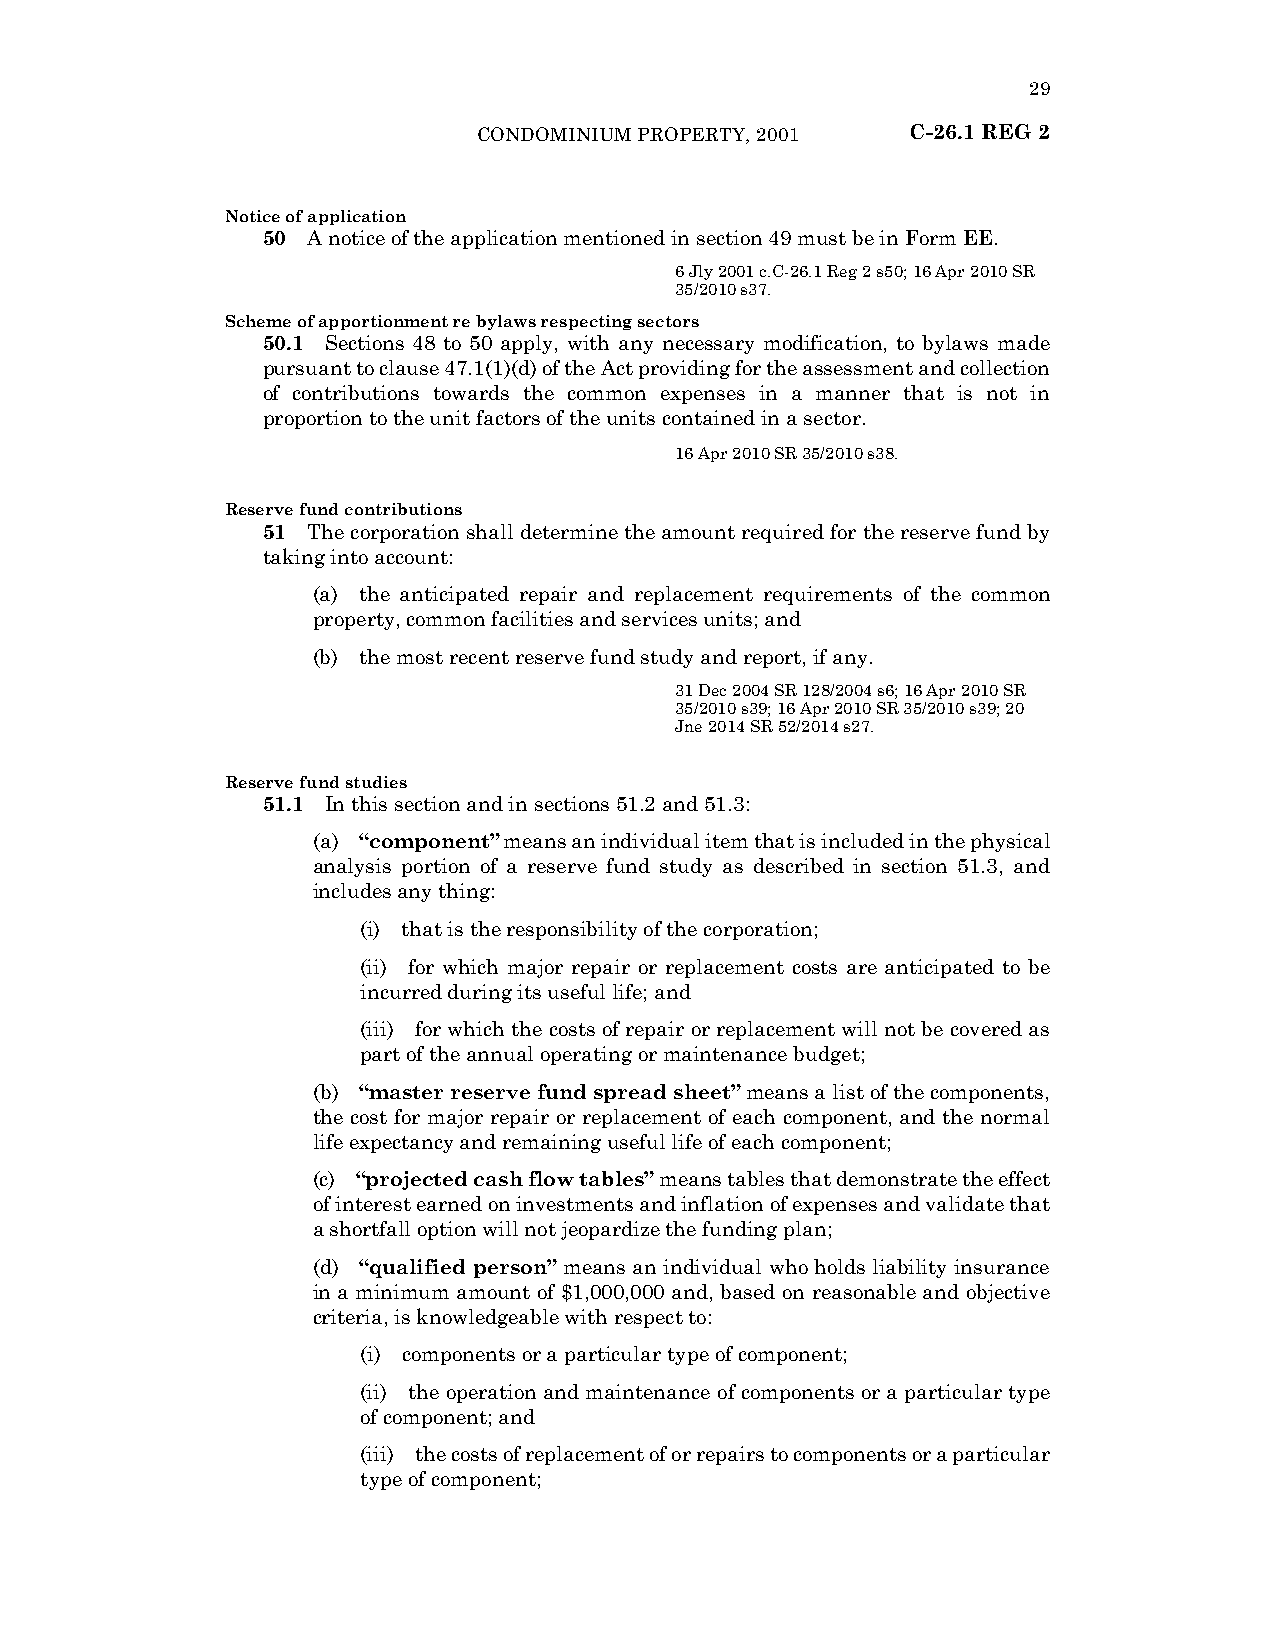
29
 CONDOMINIUM PROPERTY, 2001  C-26.1 REG 2
 Notice of application
 50 A notice of the application mentioned in section 49 must be in Form EE.
 6 Jly 2001 c.C-26.1 Reg 2 s50; 16 Apr 2010 SR
 35/2010 s37.
 Scheme of apportionment re bylaws respecting sectors
 50.1 Sections 48 to 50 apply, with any necessary modification, to bylaws made
 pursuant to clause 47.1(1)(d) of the Act providing for the assessment and collection
 of contributions towards the common expenses in a manner that is not in
 proportion to the unit factors of the units contained in a sector.
 16 Apr 2010 SR 35/2010 s38.
 Reserve fund contributions
 51 The corporation shall determine the amount required for the reserve fund by
 taking into account:
 (a) the anticipated repair and replacement requirements of the common
 property, common facilities and services units; and
 (b) the most recent reserve fund study and report, if any.
 31 Dec 2004 SR 128/2004 s6; 16 Apr 2010 SR
 35/2010 s39; 16 Apr 2010 SR 35/2010 s39; 20
 Jne 2014 SR 52/2014 s27.
 Reserve fund studies
 51.1 In this section and in sections 51.2 and 51.3:
 (a) “component” means an individual item that is included in the physical
 analysis portion of a reserve fund study as described in section 51.3, and
 includes any thing:
 (i) that is the responsibility of the corporation;
 (ii) for which major repair or replacement costs are anticipated to be
 incurred during its useful life; and
 (iii) for which the costs of repair or replacement will not be covered as
 part of the annual operating or maintenance budget;
 (b) “master reserve fund spread sheet” means a list of the components,
 the cost for major repair or replacement of each component, and the normal
 life expectancy and remaining useful life of each component;
 (c) “projected cash flow tables” means tables that demonstrate the effect
 of interest earned on investments and inflation of expenses and validate that
 a shortfall option will not jeopardize the funding plan;
 (d) “qualified person” means an individual who holds liability insurance
 in a minimum amount of $1,000,000 and, based on reasonable and objective
 criteria, is knowledgeable with respect to:
 (i) components or a particular type of component;
 (ii) the operation and maintenance of components or a particular type
 of component; and
 (iii) the costs of replacement of or repairs to components or a particular
 type of component;